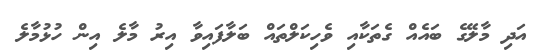
އަދި މާލޭގެ ބައެއް ގެތަކާއި ވެހިކަލްތައް ބަލާފައިވާ އިރު މާލެ އިން ހުޅުމާލެ